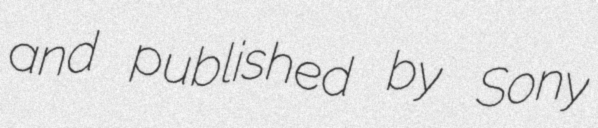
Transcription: and published by Sony